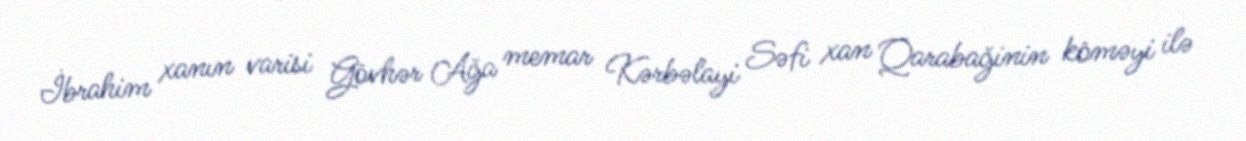
İbrahim xanın varisi Gövhər Ağa memar Kərbəlayi Səfi xan Qarabağinin köməyi ilə